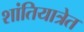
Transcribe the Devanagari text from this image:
शांतियात्रेत